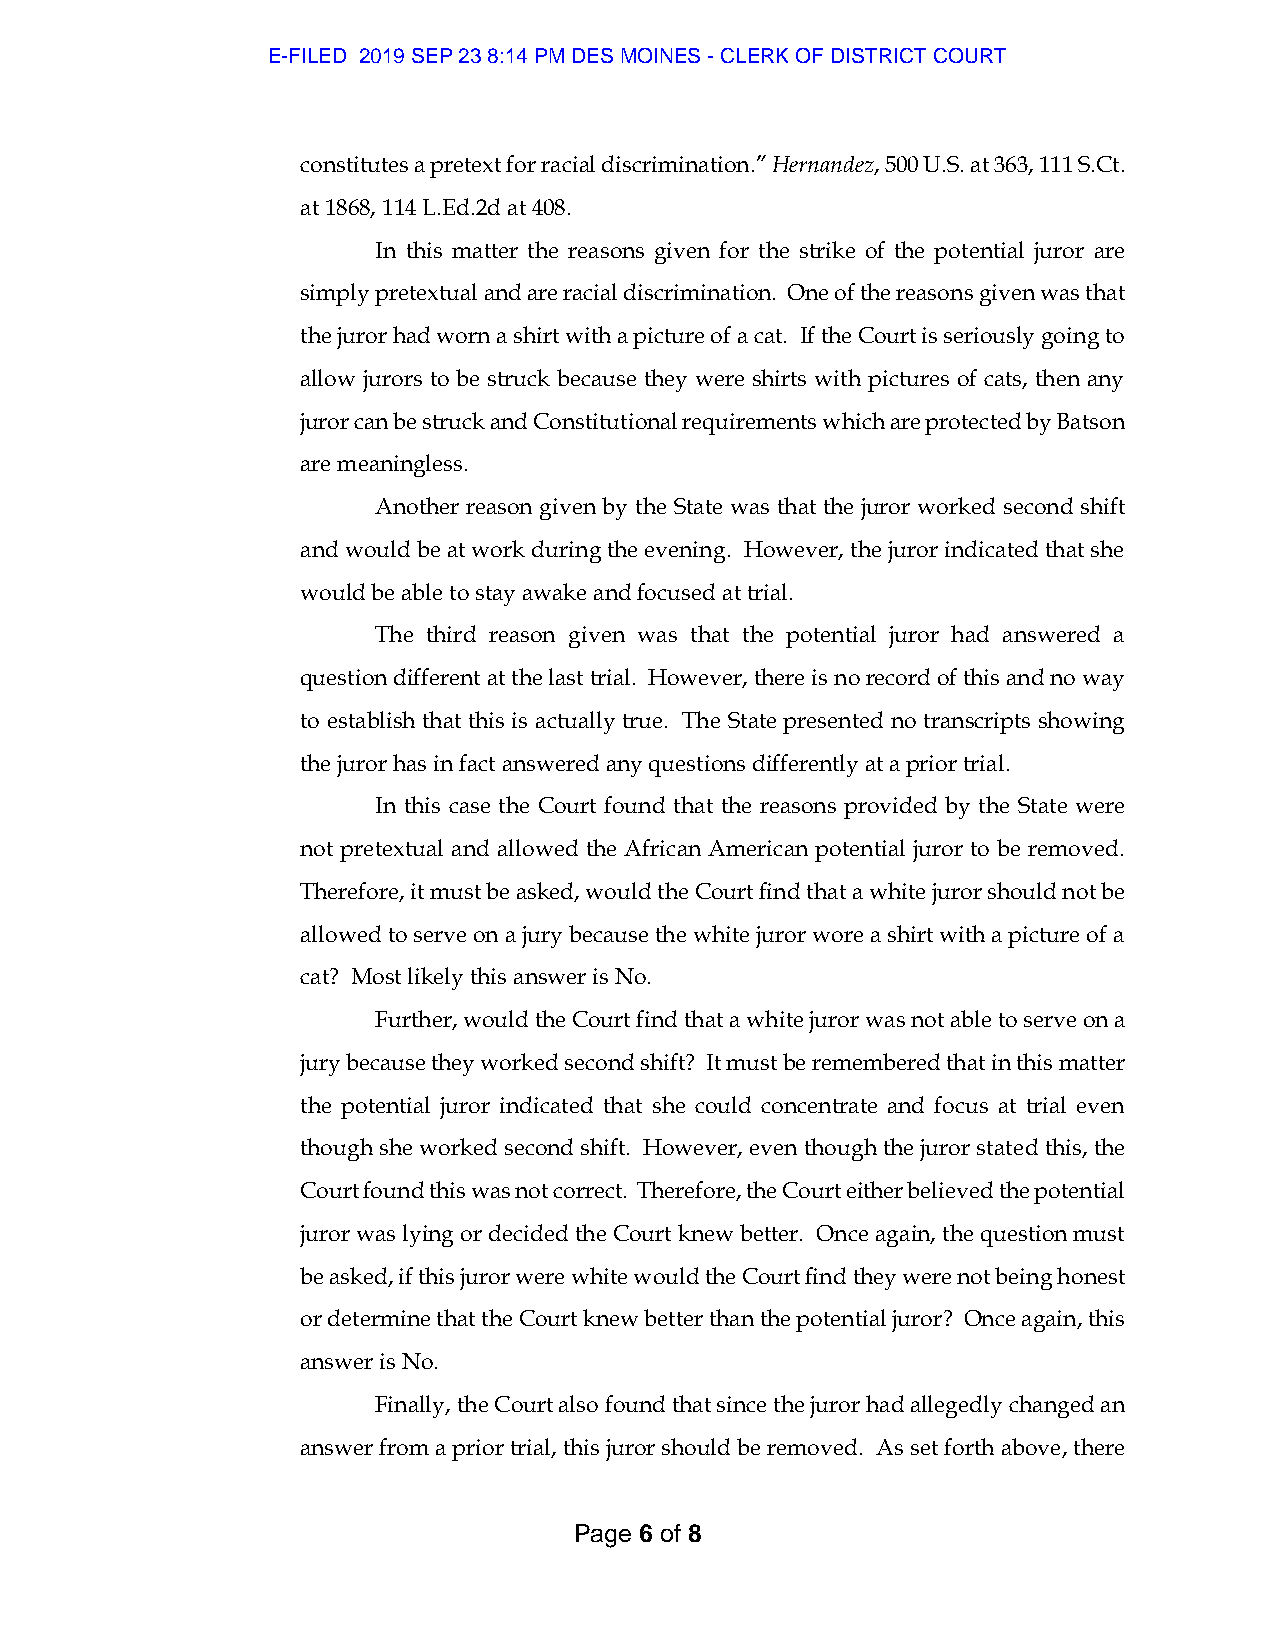
E-FILED 2019 SEP 23 8:14 PM DES MOINES - CLERK OF DISTRICT COURT
 constitutes a pretext for racial discrimination.” Hernandez, 500 U.S. at 363, 111 S.Ct.
 at 1868, 114 L.Ed.2d at 408.
 In this matter the reasons given for the strike of the potential juror are
 simply pretextual and are racial discrimination. One of the reasons given was that
 the juror had worn a shirt with a picture of a cat. If the Court is seriously going to
 allow jurors to be struck because they were shirts with pictures of cats, then any
 juror can be struck and Constitutional requirements which are protected by Batson
 are meaningless.
 Another reason given by the State was that the juror worked second shift
 and would be at work during the evening. However, the juror indicated that she
 would be able to stay awake and focused at trial.
 The third reason given was that the potential juror had answered a
 question different at the last trial. However, there is no record of this and no way
 to establish that this is actually true. The State presented no transcripts showing
 the juror has in fact answered any questions differently at a prior trial.
 In this case the Court found that the reasons provided by the State were
 not pretextual and allowed the African American potential juror to be removed.
 Therefore, it must be asked, would the Court find that a white juror should not be
 allowed to serve on a jury because the white juror wore a shirt with a picture of a
 cat? Most likely this answer is No.
 Further, would the Court find that a white juror was not able to serve on a
 jury because they worked second shift? It must be remembered that in this matter
 the potential juror indicated that she could concentrate and focus at trial even
 though she worked second shift. However, even though the juror stated this, the
 Court found this was not correct. Therefore, the Court either believed the potential
 juror was lying or decided the Court knew better. Once again, the question must
 be asked, if this juror were white would the Court find they were not being honest
 or determine that the Court knew better than the potential juror? Once again, this
 answer is No.
 Finally, the Court also found that since the juror had allegedly changed an
 answer from a prior trial, this juror should be removed. As set forth above, there
 Page 6 of 8